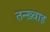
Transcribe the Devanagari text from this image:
तन्ख़्वाह